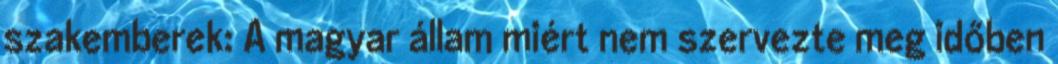
szakemberek: A magyar állam miért nem szervezte meg időben